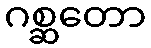
ဂစ္ဆတော